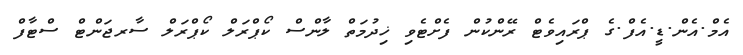
އެމް.އެން.ޑީ.އެފް.ގެ ޕްރައިވެޓް ރޭންކުން ފެށްޓެވި ޚިދުމަތް ލާންސް ކޯޕްރަލް ކޯޕްރަލް ސާރޖަންޓް ސްޓާފް